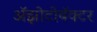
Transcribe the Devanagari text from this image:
अॅझोटोबॅक्टर